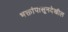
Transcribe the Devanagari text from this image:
भक्तांपासूनदेखील